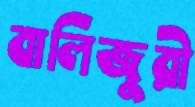
বালিজুরী